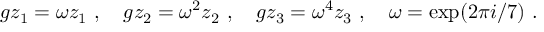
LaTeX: g z _ { 1 } = \omega z _ { 1 } ~ , ~ ~ ~ g z _ { 2 } = \omega ^ { 2 } z _ { 2 } ~ , ~ ~ ~ g z _ { 3 } = \omega ^ { 4 } z _ { 3 } ~ , ~ ~ ~ \omega = \exp ( 2 \pi i / 7 ) ~ .